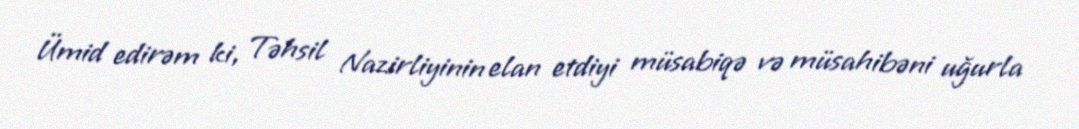
Ümid edirəm ki, Təhsil Nazirliyinin elan etdiyi müsabiqə və müsahibəni uğurla